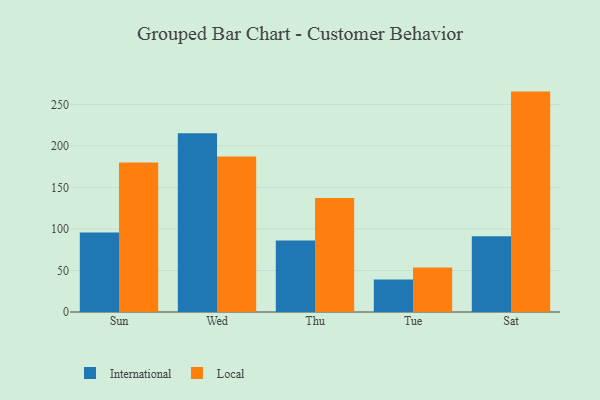
{"axis": {"x": "Day", "y": "LTV (USD)"}, "legend": ["International", "Local"], "data": [{"x": "Sun", "y": 95.8, "type": "International"}, {"x": "Sun", "y": 180.1, "type": "Local"}, {"x": "Wed", "y": 215.2, "type": "International"}, {"x": "Wed", "y": 187.3, "type": "Local"}, {"x": "Thu", "y": 86.2, "type": "International"}, {"x": "Thu", "y": 137.4, "type": "Local"}, {"x": "Tue", "y": 39.2, "type": "International"}, {"x": "Tue", "y": 53.5, "type": "Local"}, {"x": "Sat", "y": 91.4, "type": "International"}, {"x": "Sat", "y": 265.5, "type": "Local"}]}